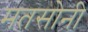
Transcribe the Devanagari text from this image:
मतसोनी